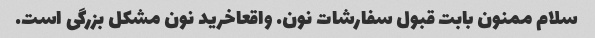
سلام ممنون بابت قبول سفارشات نون. واقعاخرید نون مشکل بزرگی است.